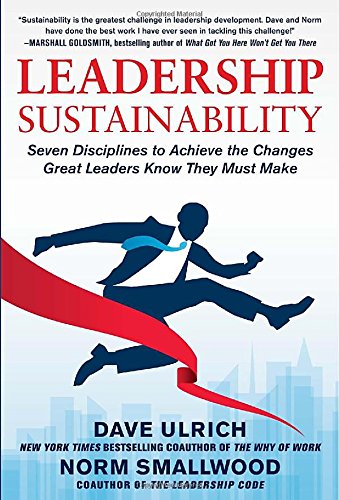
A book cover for Leadership Sustainability: Seven Disciplines to Achieve the Changes Great Leaders Know They Must Make; Dave Ulrich; Business & Money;